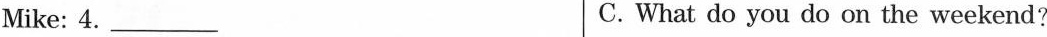
Mike: 4.___ C. What do you do on the weekend?